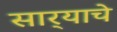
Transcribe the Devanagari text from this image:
सार्‍याचे